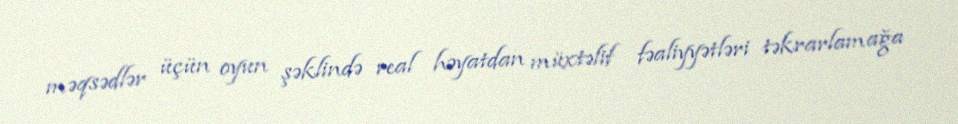
məqsədlər üçün oyun şəklində real həyatdan müxtəlif fəaliyyətləri təkrarlamağa